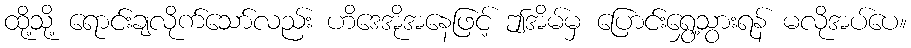
ထို့သို့ ရောင်းချလိုက်သော်လည်း ဟိဒေအိုအနေဖြင့် ဤအိမ်မှ ပြောင်းရွှေ့သွားရန် မလိုအပ်ပေ။